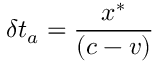
\delta t _ { a } = { \frac { x ^ { \ast } } { \left( c - v \right) } }